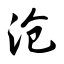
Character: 沧